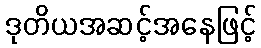
ဒုတိယအဆင့်အနေဖြင့်